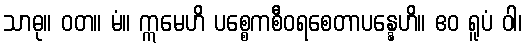
သာဓု။ ဝတ။ မံ။ ဣမေဟိ ပစ္စေကစီဝရစေတာပန္နေဟိ။ ဧဝ ရူပံ ဝါ၊